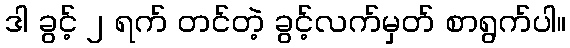
ဒါ ခွင့် ၂ ရက် တင်တဲ့ ခွင့်လက်မှတ် စာရွက်ပါ။